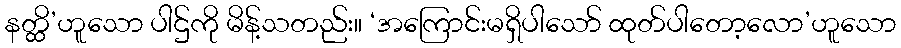
နတ္ထိ’ဟူသော ပါဌ်ကို မိန့်သတည်း။ ‘အကြောင်းမရှိပါသော် ထုတ်ပါတော့လော’ဟူသော